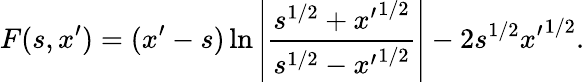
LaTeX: F(s,x^{\prime})=(x^{\prime}-s)\ln\left|\frac{s^{1/2}+{x^{\prime}}^{1/2}}{s^{1/2}-{x^{\prime}}^{1/2}}\right|-2s^{1/2}{x^{\prime}}^{1/2}.